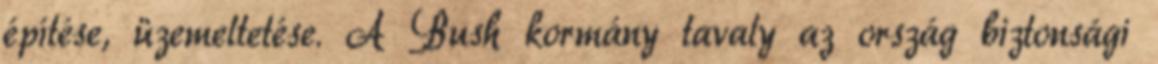
építése, üzemeltetése. A Bush kormány tavaly az ország biztonsági